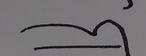
Signature authenticity: forged